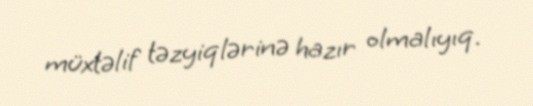
müxtəlif təzyiqlərinə hazır olmalıyıq.